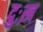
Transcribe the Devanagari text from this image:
दुःख़